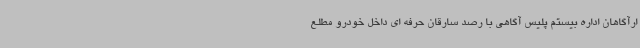
ارآگاهان اداره بیستم پلیس آگاهی با رصد سارقان حرفه ای داخل خودرو مطلع